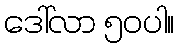
ဒေါ်လာ ၅၀ပါ။